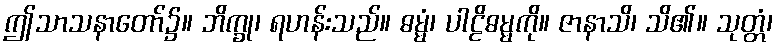
ဤသာသနာတော်၌။ ဘိက္ခု၊ ရဟန်းသည်။ ဓမ္မံ၊ ပါဠိဓမ္မကို။ ဇာနာသိ၊ သိ၏။ သုတ္တံ၊